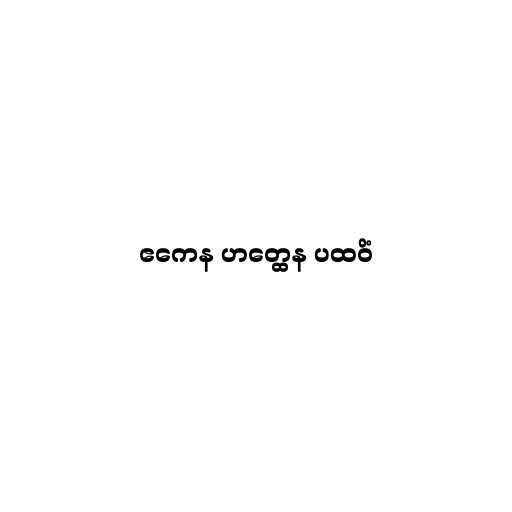
ဧကေန ဟတ္ထေန ပထဝိံ